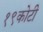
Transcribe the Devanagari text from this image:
१९कोटी